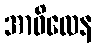
အာဝိလေန